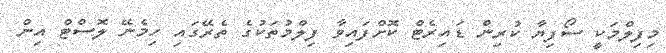
މިފިލްމަކީ ސޯފިޔާ ކުރިން ޑައިރެޓް ކޮށްފައިވާ ފިލްމުތަކުގެ ތެރޭގައި ހިމެނޭ ލޮސްޓް އިން